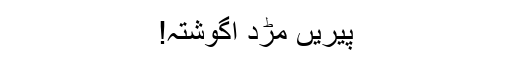
پیریں مڑد اگوشتہ!